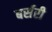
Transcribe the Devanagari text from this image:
बर्सरी